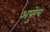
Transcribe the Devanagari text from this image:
अपुरेच